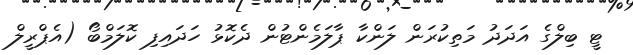
ޓީ ބިލްގެ އަދަދު މަތިކުރަން ލަންކާ ޕާލަމެންޓުން ދެކޮޅު ހަދައިފި ކޮލަމްބޯ (އެޕްރީލް